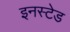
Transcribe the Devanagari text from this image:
इनस्टेड